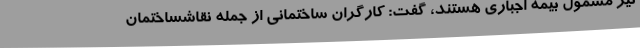
نیز مشمول بیمه اجباری هستند، گفت: کارگران ساختمانی از جمله نقاشساختمان